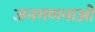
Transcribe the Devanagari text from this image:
जनगणनाओ